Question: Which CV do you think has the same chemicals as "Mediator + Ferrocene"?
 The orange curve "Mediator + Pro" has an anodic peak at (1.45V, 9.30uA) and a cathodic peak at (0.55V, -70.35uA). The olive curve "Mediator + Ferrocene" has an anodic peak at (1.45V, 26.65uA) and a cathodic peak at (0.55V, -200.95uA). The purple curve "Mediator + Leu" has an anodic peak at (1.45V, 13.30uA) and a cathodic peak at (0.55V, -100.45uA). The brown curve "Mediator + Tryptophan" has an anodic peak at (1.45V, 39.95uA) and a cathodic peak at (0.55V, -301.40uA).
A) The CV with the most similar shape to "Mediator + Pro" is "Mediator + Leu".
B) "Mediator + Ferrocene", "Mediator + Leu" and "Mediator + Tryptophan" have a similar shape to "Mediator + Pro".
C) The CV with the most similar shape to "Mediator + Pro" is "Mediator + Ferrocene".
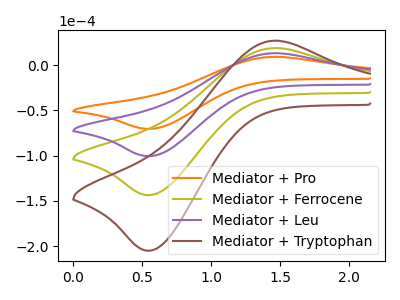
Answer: <think>All the peaks in "Mediator + Pro" have a peak in "Mediator + Ferrocene" at the same potential. Every peak in "Mediator + Pro" is lower than every peak in "Mediator + Ferrocene". All the peaks in "Mediator + Pro" have a peak in "Mediator + Leu" at the same potential. Every peak in "Mediator + Pro" is lower than every peak in "Mediator + Leu". All the peaks in "Mediator + Pro" have a peak in "Mediator + Tryptophan" at the same potential. Every peak in "Mediator + Pro" is lower than every peak in "Mediator + Tryptophan". All the peaks in "Mediator + Ferrocene" have a peak in "Mediator + Leu" at the same potential. Every peak in "Mediator + Ferrocene" is higher than every peak in "Mediator + Leu". All the peaks in "Mediator + Ferrocene" have a peak in "Mediator + Tryptophan" at the same potential. Every peak in "Mediator + Ferrocene" is lower than every peak in "Mediator + Tryptophan". All the peaks in "Mediator + Leu" have a peak in "Mediator + Tryptophan" at the same potential. Every peak in "Mediator + Leu" is lower than every peak in "Mediator + Tryptophan".
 </think>
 <answer>B) "Mediator + Ferrocene", "Mediator + Leu" and "Mediator + Tryptophan" have a similar shape to "Mediator + Pro".</answer>
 <eval>B</eval>